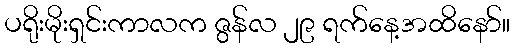
ပရိုးမိုးရှင်းကာလက ဇွန်လ ၂၉ ရက်နေ့အထိနော်။